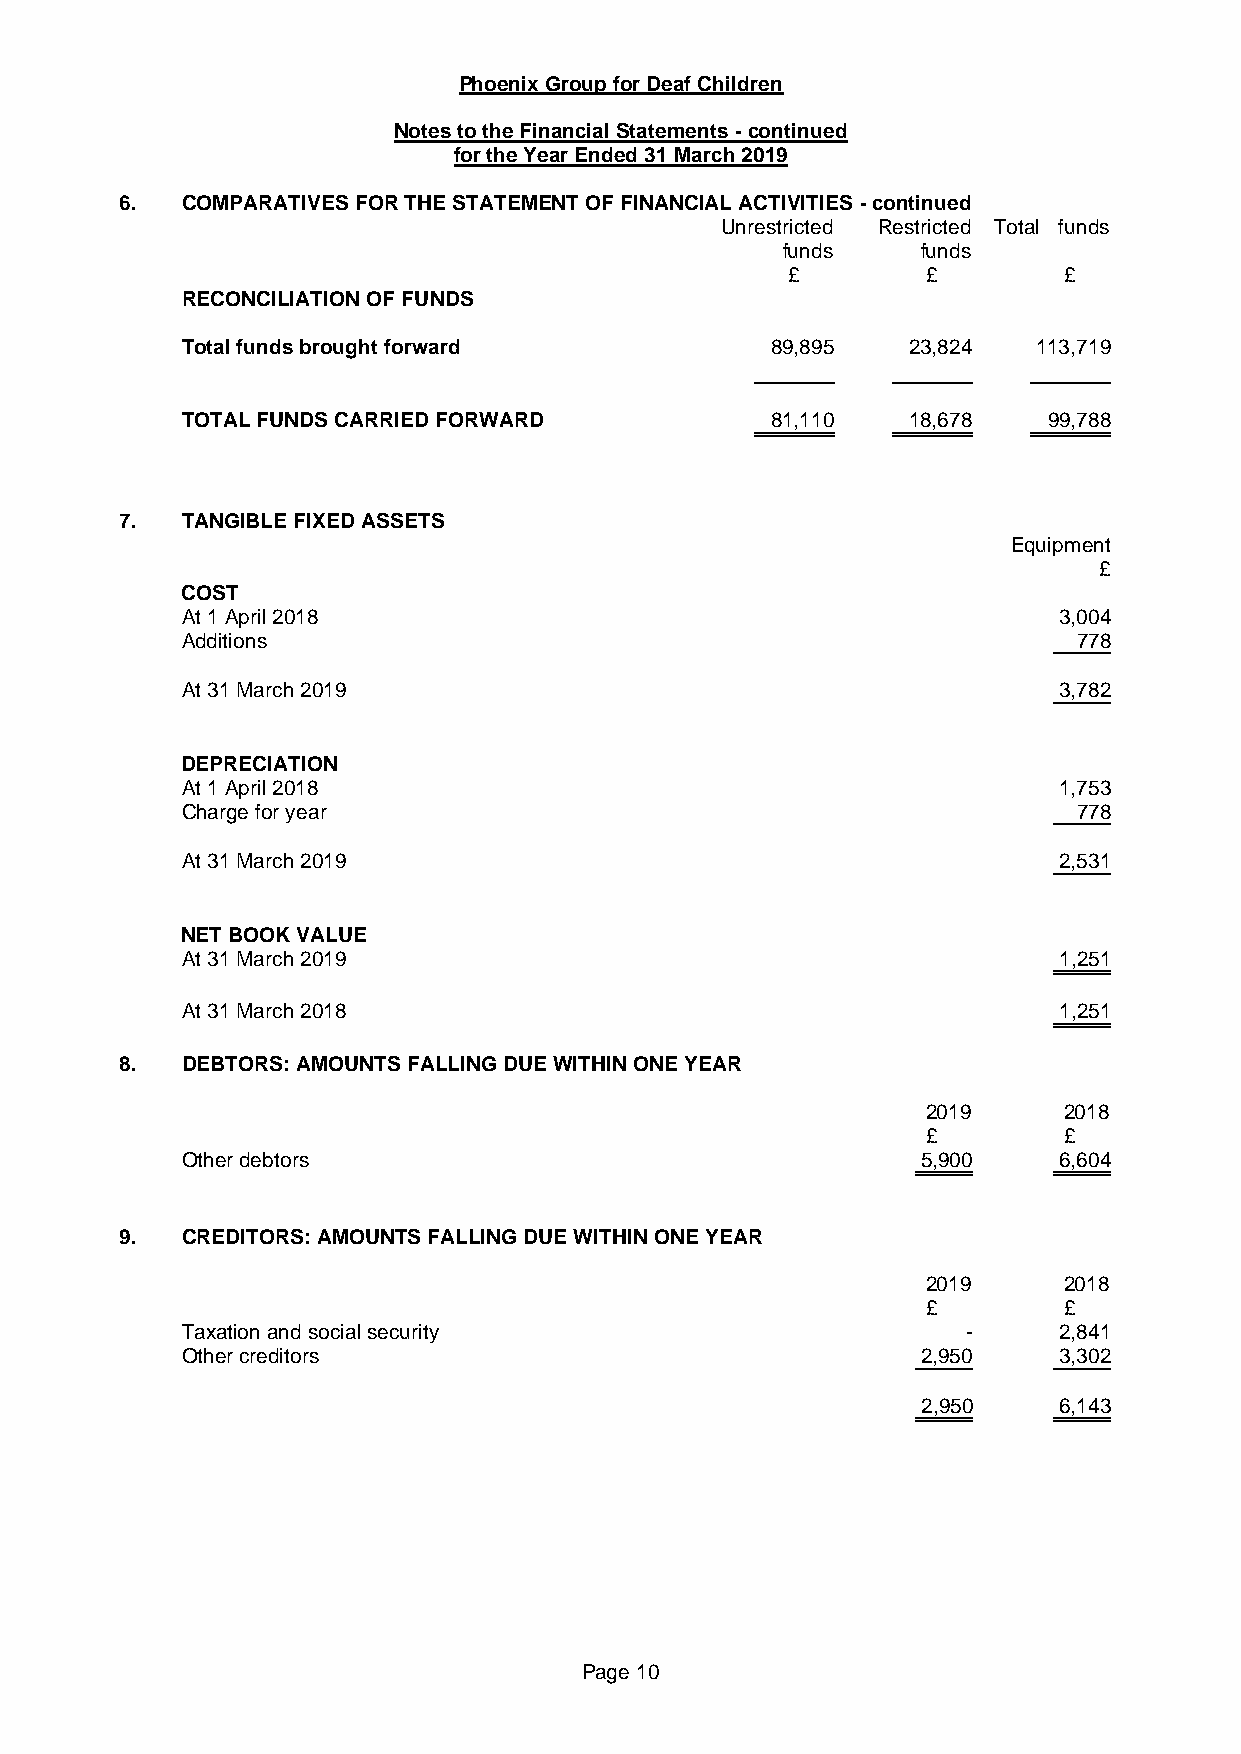
Phoenix Group for Deaf Children
 Notes to the Financial Statements - continued
 for the Year Ended 31 March 2019
 6.  COMPARATIVES FOR THE STATEMENT OF FINANCIAL ACTIVITIES - continued
 Unrestricted Restricted Total funds
 funds    funds
 £        £        £
 RECONCILIATION OF FUNDS
 Total funds brought forward            89,895   23,824   113,719
 TOTAL FUNDS CARRIED FORWARD            81,110   18,678   99,788
 7.  TANGIBLE FIXED ASSETS
 Equipment
 £
 COST
 At 1 April 2018                                           3,004
 Additions                                                  778
 At 31 March 2019                                          3,782
 DEPRECIATION
 At 1 April 2018                                           1,753
 Charge for year                                            778
 At 31 March 2019                                          2,531
 NET BOOK VALUE
 At 31 March 2019                                          1,251
 At 31 March 2018                                          1,251
 8.  DEBTORS: AMOUNTS FALLING DUE WITHIN ONE YEAR
 2019     2018
 £        £
 Other debtors                                    5,900    6,604
 9.  CREDITORS: AMOUNTS FALLING DUE WITHIN ONE YEAR
 2019     2018
 £        £
 Taxation and social security                        -     2,841
 Other creditors                                  2,950    3,302
 2,950    6,143
 Page 10